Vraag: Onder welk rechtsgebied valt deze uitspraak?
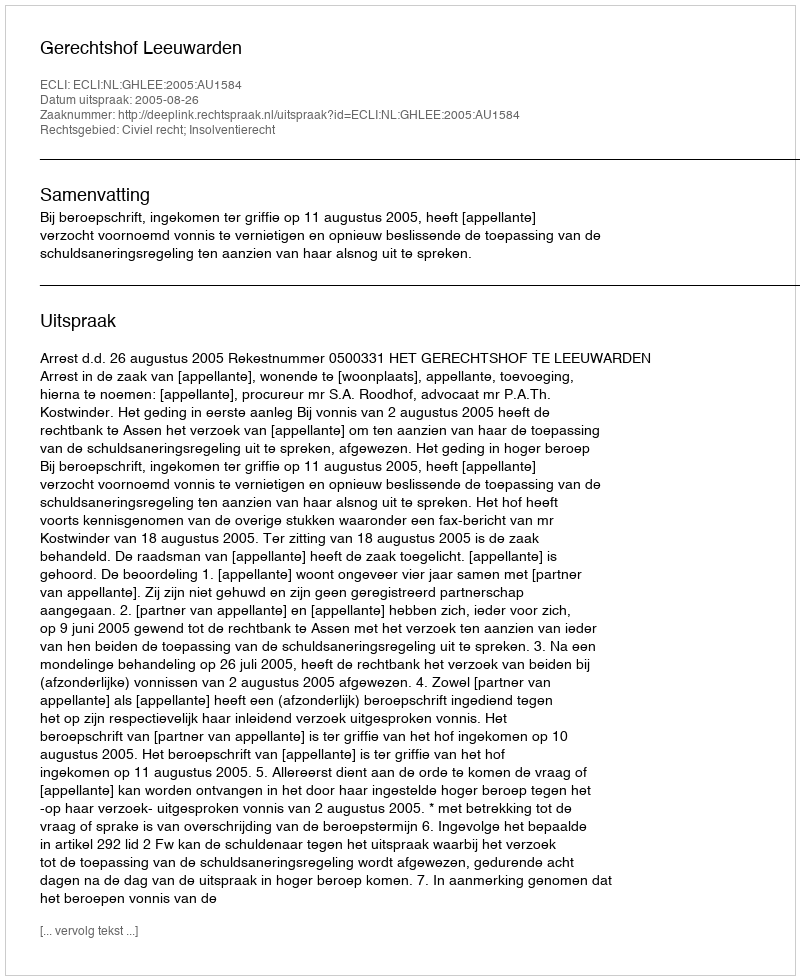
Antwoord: Civiel recht; Insolventierecht